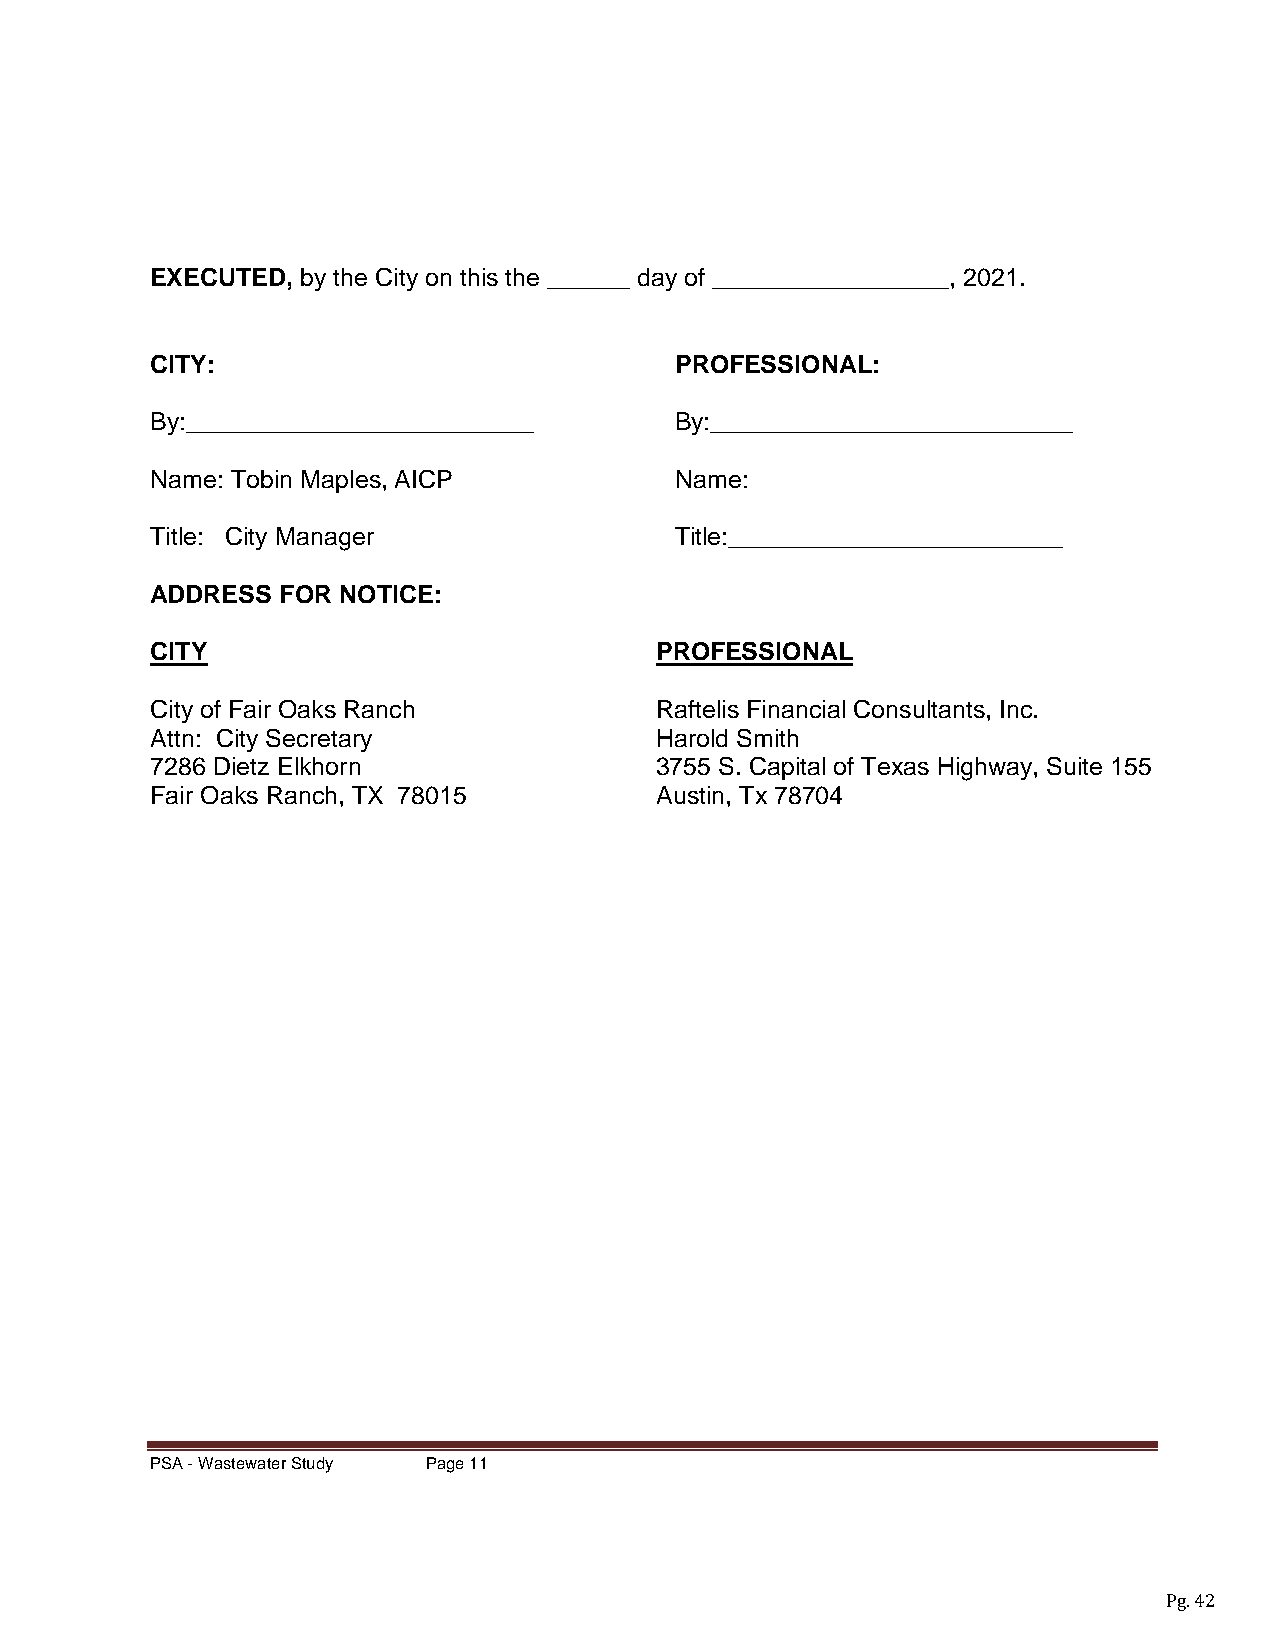
EXECUTED, by the City on this the ______ day of _________________, 2021.
 CITY:                              PROFESSIONAL:
 By:_________________________       By:__________________________
 Name: Tobin Maples, AICP           Name:
 Title: City Manager                Title:________________________
 ADDRESS FOR NOTICE:
 CITY                             PROFESSIONAL
 City of Fair Oaks Ranch          Raftelis Financial Consultants, Inc.
 Attn: City Secretary             Harold Smith
 7286 Dietz Elkhorn               3755 S. Capital of Texas Highway, Suite 155
 Fair Oaks Ranch, TX 78015        Austin, Tx 78704
 PSA - Wastewater Study Page 11
 Pg. 42